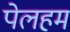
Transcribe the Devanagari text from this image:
पेलहम